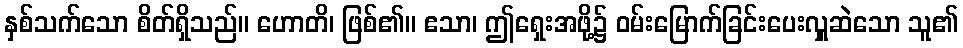
နှစ်သက်သော စိတ်ရှိသည်။ ဟောတိ၊ ဖြစ်၏။ ဧသာ၊ ဤရှေးအဖို့၌ ဝမ်းမြောက်ခြင်းပေးလှူဆဲသော သူ၏